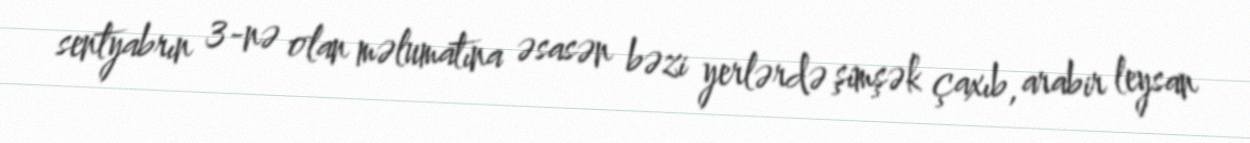
sentyabrın 3-nə olan məlumatına əsasən bəzi yerlərdə şimşək çaxıb, arabir leysan